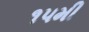
૧૫મી